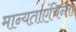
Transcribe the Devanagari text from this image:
मान्यताएंचिन्ता